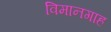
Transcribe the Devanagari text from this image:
विमानगाह